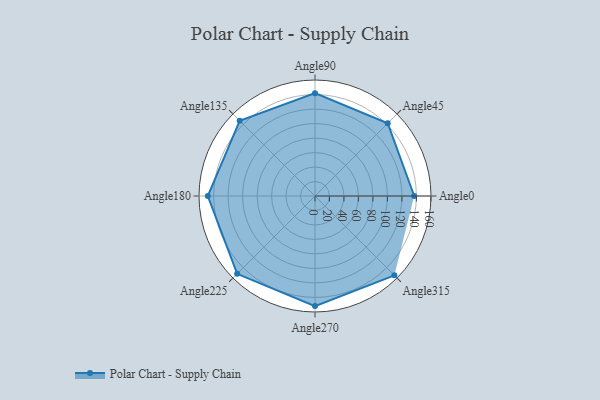
{"axis": {"x": "Angle", "y": "Radius"}, "legend": [""], "data": [{"x": "Angle0", "y": 137.0, "type": ""}, {"x": "Angle45", "y": 142.0, "type": ""}, {"x": "Angle90", "y": 142.0, "type": ""}, {"x": "Angle135", "y": 147.0, "type": ""}, {"x": "Angle180", "y": 148.0, "type": ""}, {"x": "Angle225", "y": 152.0, "type": ""}, {"x": "Angle270", "y": 152.0, "type": ""}, {"x": "Angle315", "y": 155.0, "type": ""}]}